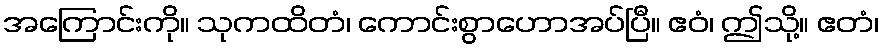
အကြောင်းကို။ သုကထိတံ၊ ကောင်းစွာဟောအပ်ပြီ။ ဧဝံ၊ ဤသို့။ ဧတံ၊